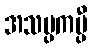
အသမ္ပကမ္ပီ